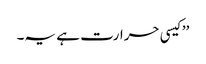
’’کیسی حرارت ہے یہ۔